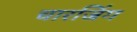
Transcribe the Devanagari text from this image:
चारजिंग